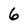
Character: 6